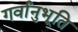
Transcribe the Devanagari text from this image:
गर्वानुभूति